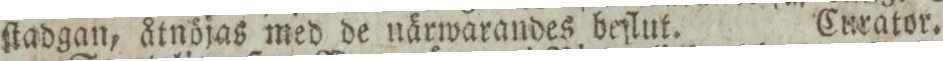
ſtadgan, åtnöjas med de närwarandes beſlut.    Curator.